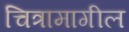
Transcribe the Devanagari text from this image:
चित्रामागील